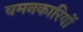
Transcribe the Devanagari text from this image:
वमनकारियों